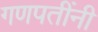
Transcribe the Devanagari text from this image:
गणपतींनी